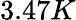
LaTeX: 3.47K